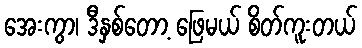
အေးကွာ၊ ဒီနှစ်တော့ ဖြေမယ် စိတ်ကူးတယ်